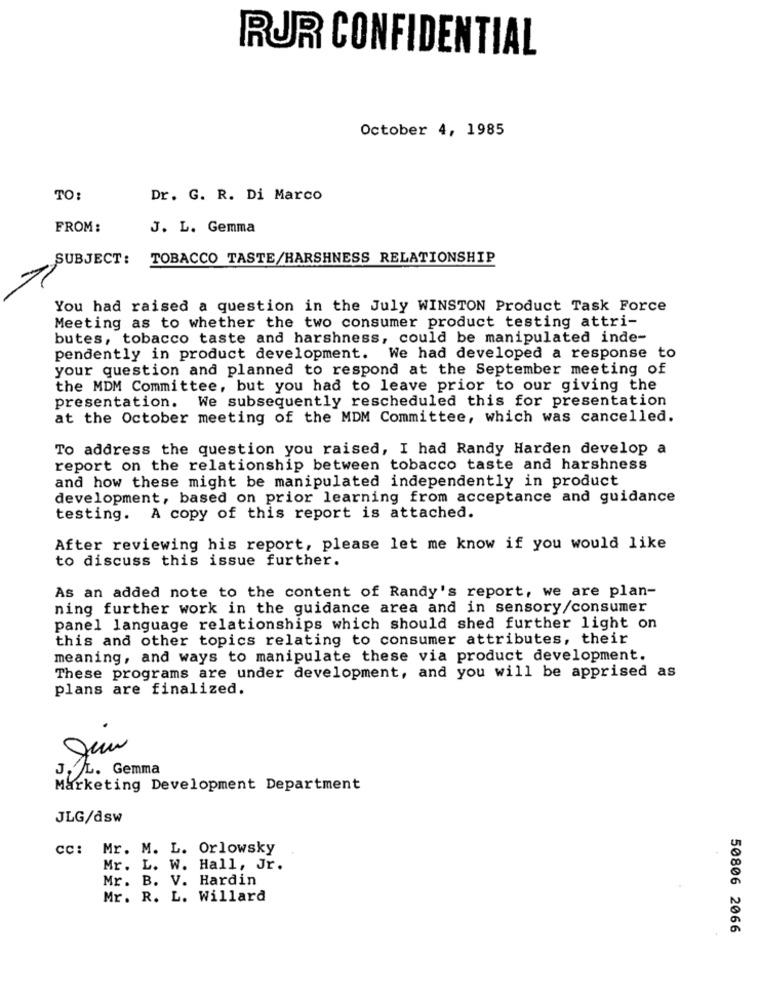
RUR CONFIDENTIAL
October 4, 1985
TO:
Dr. G. R. Di Marco
FROM:
J. L. Gemma
SUBJECT:
TOBACCO TASTE/HARSHNESS RELATIONSHIP
You had raised a question in the July WINSTON Product Task Force
Meeting as to whether the two consumer product testing attri-
butes, tobacco taste and harshness, could be manipulated inde-
pendently in product development. We had developed a response to
your question and planned to respond at the September meeting of
the MDM Committee, but you had to leave prior to our giving the
presentation. We subsequently rescheduled this for presentation
at the October meeting of the MDM Committee, which was cancelled.
To address the question you raised, I had Randy Harden develop a
report on the relationship between tobacco taste and harshness
and how these might be manipulated independently in product
development, based on prior learning from acceptance and guidance
testing. A copy of this report is attached.
After reviewing his report, please let me know if you would like
to discuss this issue further.
As an added note to the content of Randy's report, we are plan-
ning further work in the guidance area and in sensory/consumer
panel language relationships which should shed further light on
this and other topics relating to consumer attributes, their
meaning, and ways to manipulate these via product development.
These programs are under development, and you will be apprised as
plans are finalized.
J,
L. Gemma
Marketing Development Department
JLG/dsw
cc: Mr. M. L. Orlowsky
Mr. L. W. Hall, Jr.
Mr. B. V. Hardin
Mr. R. L. Willard
50806 2066